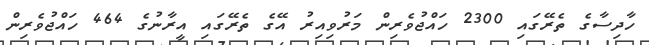
ހާދިސާގެ ތެރޭގައި 2300 ހައްޖުވެރިން މަރުވިއިރު އޭގެ ތެރޭގައި އީރާނުގެ 464 ހައްޖުވެރިން